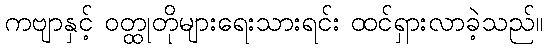
ကဗျာနှင့် ဝတ္ထုတိုများရေးသားရင်း ထင်ရှားလာခဲ့သည်။